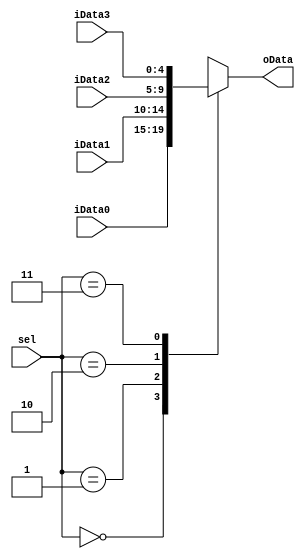
`timescale 1ns / 1ps

module mux_4_1_5bit(
    input [1:0] sel,
    input [4:0] iData0,
    input [4:0] iData1,
    input [4:0] iData2,
    input [4:0] iData3,
    output reg[4:0] oData
    );
    
    always@(*)
      case(sel)
        2'b00: oData = iData0;
        2'b01: oData = iData1;
        2'b10: oData = iData2;
        2'b11: oData = iData3;
        default:oData = 32'bz;
      endcase
      
endmodule